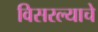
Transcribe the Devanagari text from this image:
विसरल्याचे